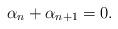
LaTeX: \begin{align*}\alpha_n+\alpha_{n+1}=0.\end{align*}